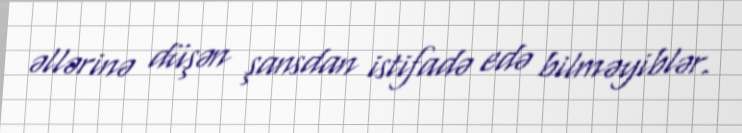
əllərinə düşən şansdan istifadə edə bilməyiblər.